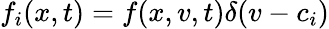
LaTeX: f_{i}(x,t)=f(x,v,t)\delta(v-c_{i})